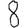
Digit: 8